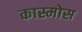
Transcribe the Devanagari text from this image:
कास्मोस